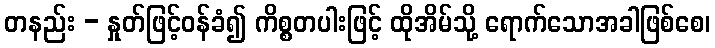
တနည်း - နှုတ်ဖြင့်ဝန်ခံ၍ ကိစ္စတပါးဖြင့် ထိုအိမ်သို့ ရောက်သောအခါဖြစ်စေ၊